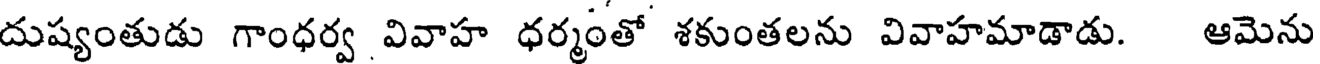
దుష్యంతుడు గాంధర్వ వివాహ ధర్మంతో శకుంతలను వివాహమాడాడు. ఆమెను